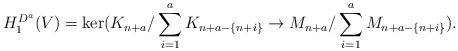
LaTeX: \begin{align*}H_1^{D^a}(V) = \ker(K_{n+a} / \sum_{i=1}^a K_{n+a - \{n+i\}} \rightarrow M_{n+a} / \sum_{i=1}^a M_{n+a - \{n+i\}}).\end{align*}